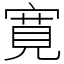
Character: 寛